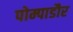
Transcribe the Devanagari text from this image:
पोम्पाडौर